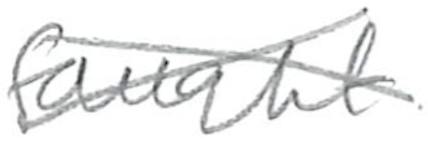
Text: fought
Cross-out: cross
Writing tool: pencil